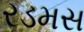
રડમસ